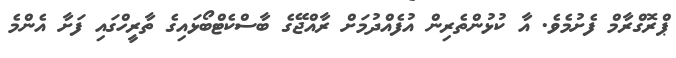
ޕްރޮގްރާމް ފެށުމެވެ. އާ ކުޅުންތެރިން އުފެއްދުމަށް ރާއްޖޭގެ ބާސްކެޓްބޯޅައިގެ ތާރީހްގައި ފަށާ އެންމެ